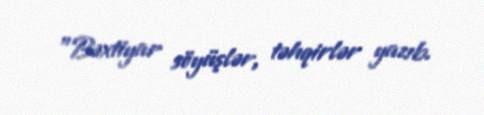
"Bəxtiyar söyüşlər, təhqirlər yazıb.